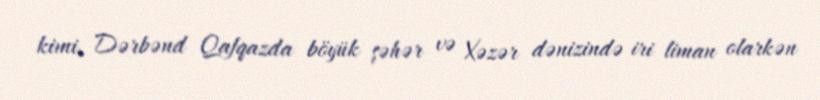
kimi, Dərbənd Qafqazda böyük şəhər və Xəzər dənizində iri liman olarkən